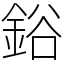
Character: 鋊